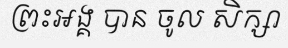
ព្រះអង្គ បាន ចូល សិក្សា